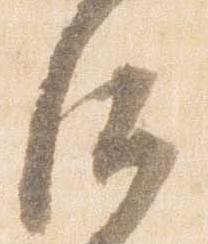
后